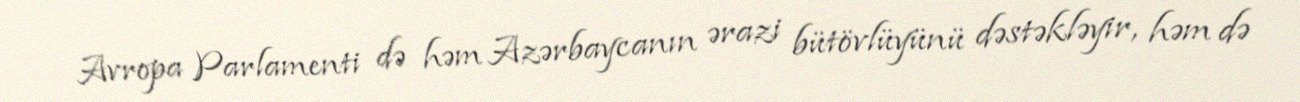
Avropa Parlamenti də həm Azərbaycanın ərazi bütövlüyünü dəstəkləyir, həm də